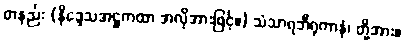
တနည်း (နိဒ္ဒေသအဋ္ဌကထာ အလိုအားဖြင့်။) သံသာရဘီရုကာနံ၊ တို့အား။